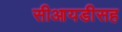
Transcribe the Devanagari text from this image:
सीआयडीसह